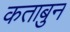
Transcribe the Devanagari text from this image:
कताबुन